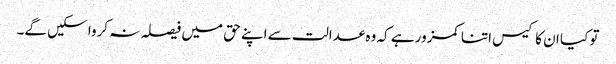
تو کیا ان کا کیس اتنا کمزور ہے کہ وہ عدالت سے اپنے حق میں فیصلہ نہ کروا سکیں گے۔